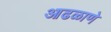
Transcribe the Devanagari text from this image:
आढळाणे